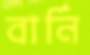
বার্নি